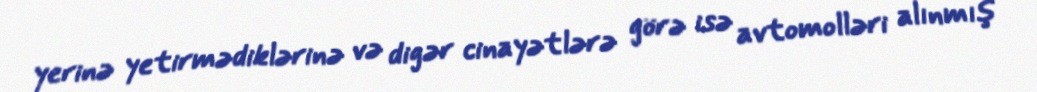
yerinə yetirmədiklərinə və digər cinayətlərə görə isə avtomolləri alınmış